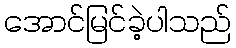
အောင်မြင်ခဲ့ပါသည်